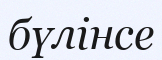
бүлінсе